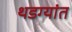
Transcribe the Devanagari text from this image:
थडग्यांत